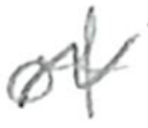
Text: of
Cross-out: wave
Writing tool: pencil